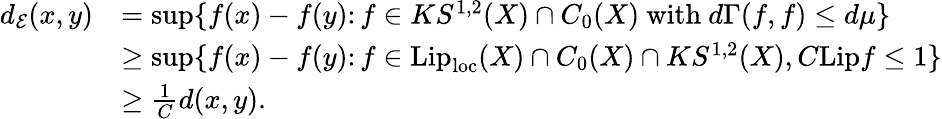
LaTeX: \begin{array}{rl}{d_{\mathcal{E}}(x,y)}&{=\operatorname*{sup}\{ f(x)-f(y)\colon f\in KS^{1,2}(X)\cap C_{0}(X)\mathrm{~with~}d\Gamma(f,f)\leq d\mu\} }\\ &{\ge\operatorname*{sup}\{ f(x)-f(y)\colon f\in\mathrm{Lip}_{\mathrm{loc}}(X)\cap C_{0}(X)\cap KS^{1,2}(X),C\mathrm{Lip}f\le 1\} }\\ &{\ge\frac{1}{C}d(x,y).}\end{array}